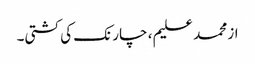
از محمد علیم ، چارنک کی کشتی۔